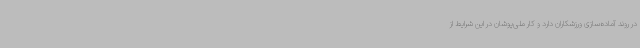
در روند آماده‌سازی ورزشکاران دارد و کار ملی‌پوشان در این شرایط از